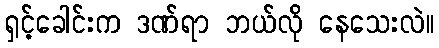
ရှင့်ခေါင်းက ဒဏ်ရာ ဘယ်လို နေသေးလဲ။